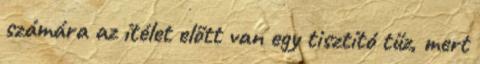
számára az ítélet előtt van egy tisztító tűz, mert